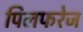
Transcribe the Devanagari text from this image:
पिलफरेज